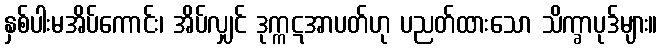
နှစ်ပါးမအိပ်ကောင်း၊ အိပ်လျှင် ဒုက္ကဋအာပတ်ဟု ပညတ်ထားသော သိက္ခာပုဒ်များ။